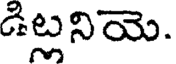
డిట్లనియె.